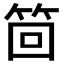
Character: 𮅊